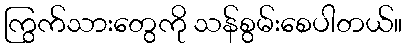
ကြွက်သားတွေကို သန်စွမ်းစေပါတယ်။